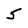
Character: 5